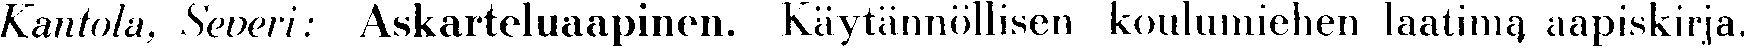
Kantola, Severi: Askarteluaapinen. Käytännöllisen koulumiehen laatima aapiskirja.